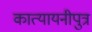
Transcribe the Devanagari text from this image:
कात्यायनीपुत्र